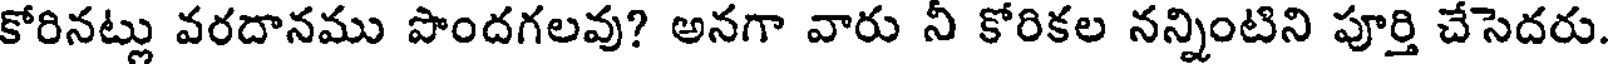
కోరినట్లు వరదానము పొందగలవు? అనగా వారు నీ కోరికల నన్నింటిని పూర్తి చేసెదరు.